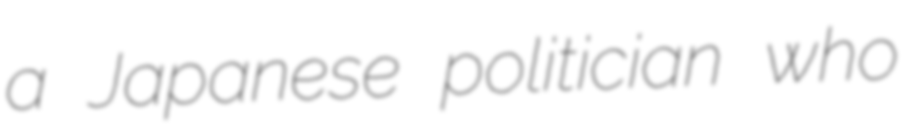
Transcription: a Japanese politician who